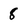
Character: 8